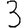
Digit: 3